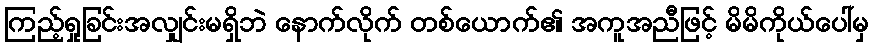
ကြည့်ရှုခြင်းအလျှင်းမရှိဘဲ နောက်လိုက် တစ်ယောက်၏ အကူအညီဖြင့် မိမိကိုယ်ပေါ်မှ